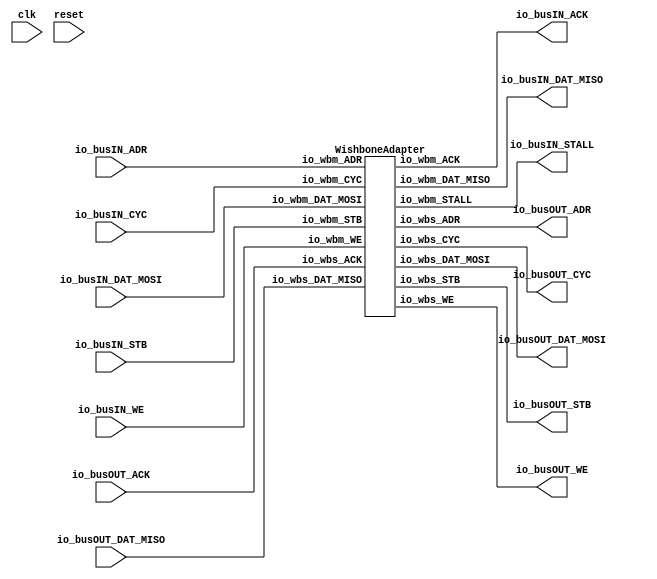
// Generator : SpinalHDL v1.4.3    git head : adf552d8f500e7419fff395b7049228e4bc5de26
// Component : WishboneSimpleBusAdapted
// Git hash  : adf552d8f500e7419fff395b7049228e4bc5de26



module WishboneSimpleBusAdapted (
  input               io_busIN_CYC,
  input               io_busIN_STB,
  output              io_busIN_ACK,
  input               io_busIN_WE,
  input      [7:0]    io_busIN_ADR,
  output     [7:0]    io_busIN_DAT_MISO,
  input      [7:0]    io_busIN_DAT_MOSI,
  output              io_busIN_STALL,
  output              io_busOUT_CYC,
  output              io_busOUT_STB,
  input               io_busOUT_ACK,
  output              io_busOUT_WE,
  output     [7:0]    io_busOUT_ADR,
  input      [7:0]    io_busOUT_DAT_MISO,
  output     [7:0]    io_busOUT_DAT_MOSI,
  input               clk,
  input               reset
);
  wire       [7:0]    io_busIN_adapter_io_wbm_DAT_MISO;
  wire                io_busIN_adapter_io_wbm_ACK;
  wire                io_busIN_adapter_io_wbm_STALL;
  wire       [7:0]    io_busIN_adapter_io_wbs_DAT_MOSI;
  wire       [7:0]    io_busIN_adapter_io_wbs_ADR;
  wire                io_busIN_adapter_io_wbs_CYC;
  wire                io_busIN_adapter_io_wbs_STB;
  wire                io_busIN_adapter_io_wbs_WE;
  reg                 ff;

  WishboneAdapter io_busIN_adapter (
    .io_wbm_CYC         (io_busIN_CYC                           ), //i
    .io_wbm_STB         (io_busIN_STB                           ), //i
    .io_wbm_ACK         (io_busIN_adapter_io_wbm_ACK            ), //o
    .io_wbm_WE          (io_busIN_WE                            ), //i
    .io_wbm_ADR         (io_busIN_ADR[7:0]                      ), //i
    .io_wbm_DAT_MISO    (io_busIN_adapter_io_wbm_DAT_MISO[7:0]  ), //o
    .io_wbm_DAT_MOSI    (io_busIN_DAT_MOSI[7:0]                 ), //i
    .io_wbm_STALL       (io_busIN_adapter_io_wbm_STALL          ), //o
    .io_wbs_CYC         (io_busIN_adapter_io_wbs_CYC            ), //o
    .io_wbs_STB         (io_busIN_adapter_io_wbs_STB            ), //o
    .io_wbs_ACK         (io_busOUT_ACK                          ), //i
    .io_wbs_WE          (io_busIN_adapter_io_wbs_WE             ), //o
    .io_wbs_ADR         (io_busIN_adapter_io_wbs_ADR[7:0]       ), //o
    .io_wbs_DAT_MISO    (io_busOUT_DAT_MISO[7:0]                ), //i
    .io_wbs_DAT_MOSI    (io_busIN_adapter_io_wbs_DAT_MOSI[7:0]  )  //o
  );
  assign io_busIN_ACK = io_busIN_adapter_io_wbm_ACK;
  assign io_busIN_DAT_MISO = io_busIN_adapter_io_wbm_DAT_MISO;
  assign io_busIN_STALL = io_busIN_adapter_io_wbm_STALL;
  assign io_busOUT_CYC = io_busIN_adapter_io_wbs_CYC;
  assign io_busOUT_STB = io_busIN_adapter_io_wbs_STB;
  assign io_busOUT_WE = io_busIN_adapter_io_wbs_WE;
  assign io_busOUT_ADR = io_busIN_adapter_io_wbs_ADR;
  assign io_busOUT_DAT_MOSI = io_busIN_adapter_io_wbs_DAT_MOSI;

endmodule

module WishboneAdapter (
  input               io_wbm_CYC,
  input               io_wbm_STB,
  output              io_wbm_ACK,
  input               io_wbm_WE,
  input      [7:0]    io_wbm_ADR,
  output     [7:0]    io_wbm_DAT_MISO,
  input      [7:0]    io_wbm_DAT_MOSI,
  output              io_wbm_STALL,
  output              io_wbs_CYC,
  output              io_wbs_STB,
  input               io_wbs_ACK,
  output              io_wbs_WE,
  output     [7:0]    io_wbs_ADR,
  input      [7:0]    io_wbs_DAT_MISO,
  output     [7:0]    io_wbs_DAT_MOSI
);

  assign io_wbs_CYC = io_wbm_CYC;
  assign io_wbs_STB = io_wbm_STB;
  assign io_wbs_WE = io_wbm_WE;
  assign io_wbm_ACK = io_wbs_ACK;
  assign io_wbs_ADR = io_wbm_ADR;
  assign io_wbs_DAT_MOSI = io_wbm_DAT_MOSI;
  assign io_wbm_DAT_MISO = io_wbs_DAT_MISO;
  assign io_wbm_STALL = (io_wbs_CYC ? (! io_wbs_ACK) : 1'b0);

endmodule